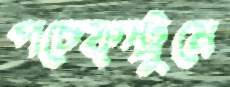
পচেফ্স্ট্রুমে